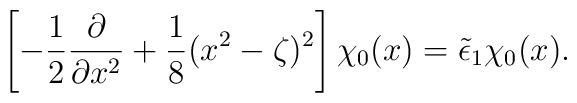
\left[ - \frac12 \frac{\partial}{\partial x^2} + \frac18(x^2-\zeta)^2\right] \chi_0(x) = \tilde{\epsilon}_1\chi_0(x).